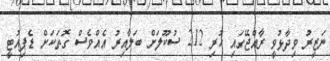
ނަޒީރު ވިދާޅުވީ ރާއްޖޭގައި ހުރި 212 ސުކޫލަށް ބަލާއިރު އެއްވެސް ގޮތަކަށް ޑެޕިއުޓީ